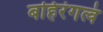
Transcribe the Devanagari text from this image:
बहिरंगत्वं